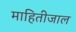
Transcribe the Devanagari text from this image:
माहितीजाल